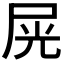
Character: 𡱘